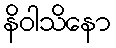
နိဝါသိနော